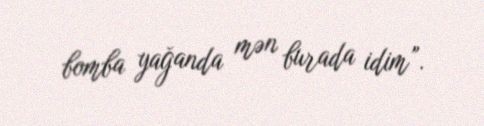
bomba yağanda mən burada idim”.